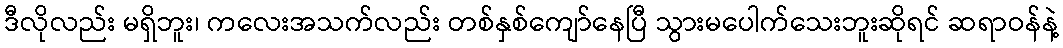
ဒီလိုလည်း မရှိဘူး၊ ကလေးအသက်လည်း တစ်နှစ်ကျော်နေပြီ သွားမပေါက်သေးဘူးဆိုရင် ဆရာဝန်နဲ့